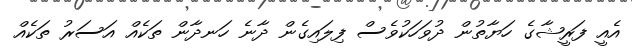
އެއީ ފަރީޝާގެ ހަޔާތުން ދުވަހަކުވެސް ފިލައިގެން ދާނެ ހަނދާން ތަކެއް އަސަރު ތަކެއް